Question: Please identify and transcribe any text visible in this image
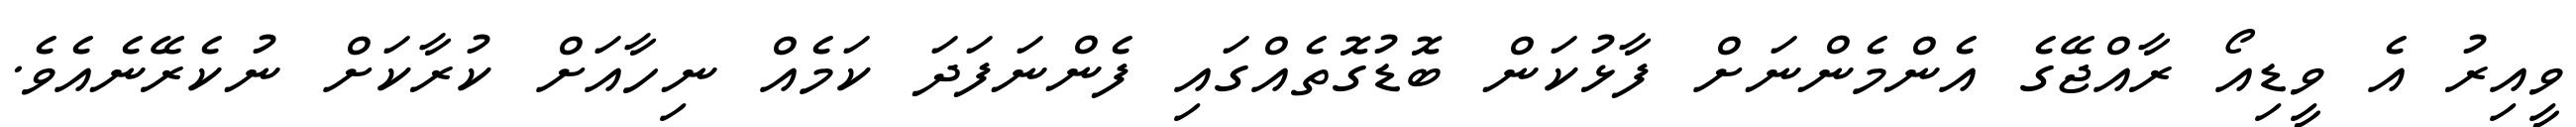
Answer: ވީއިރު އެ ވީޑިއޯ ރާއްޖޭގެ އެންމެންނަށް ފާޅުކަން ބޮޑުގޮތެއްގައި ފެންނަފަދަ ކަމެއް ނިހާއަށް ކުރާކަށް ނުކެރޭނެއެވެ.